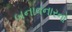
બનાવનારનો